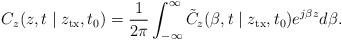
LaTeX: \begin{align*}{C_z}(z,t\mid{z_{\rm tx}},{t_0}) =\frac{1}{{2\pi }}\int_{ - \infty }^\infty {\tilde C_z(\beta,t\mid z_{\rm tx},{t_0})} {e^{j\beta z}}d\beta.\end{align*}